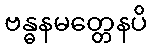
ဗန္ဓနမတ္တေနပိ